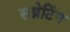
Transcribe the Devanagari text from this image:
सब्नेटिंग